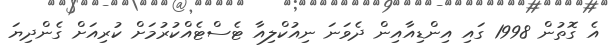
އެ ގޮތުން 1998 ގައި އިންޑިއާއިން ދެވަނަ ނިއުކްލިއާ ޓެސްޓެއްކުރުމަށް ކުރިއަށް ގެންދިޔަ